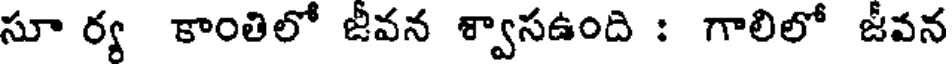
సూ ర్య కాంతిలో జీవన శ్వాసఉంది : గాలిలో జీవన